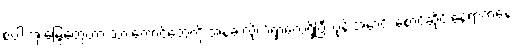
စပါးအုံးမြွေတွေဟာ သားကောင်တွေကို အနံ့ခံ လိုက်ရှာလေ့ရှိပြီး ပုန်းအောင်း စောင့်ဆိုင်းနေရာကနေ